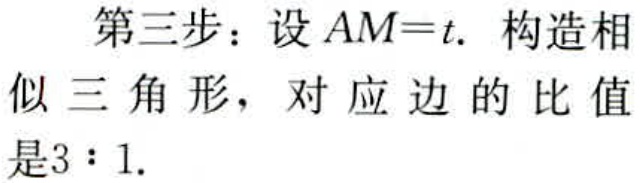
第三步：设 \(AM = t\). 构造相似三角形，对应边的比值是\(3:1\).